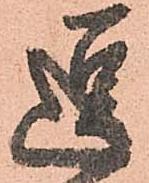
逗